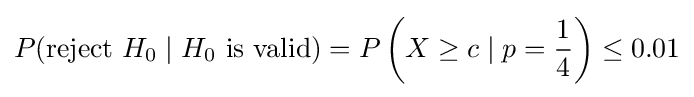
P({\text{reject }}H_{0}\mid H_{0}{\text{ is valid}})=P\left(X\geq c\mid p={\frac {1}{4}}\right)\leq 0.01